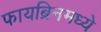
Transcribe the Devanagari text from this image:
फायब्रिनमध्ये